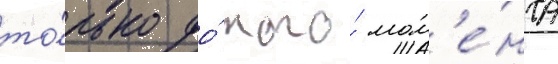
то́лько до́ того́ мом'е́нта